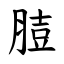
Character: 䐍